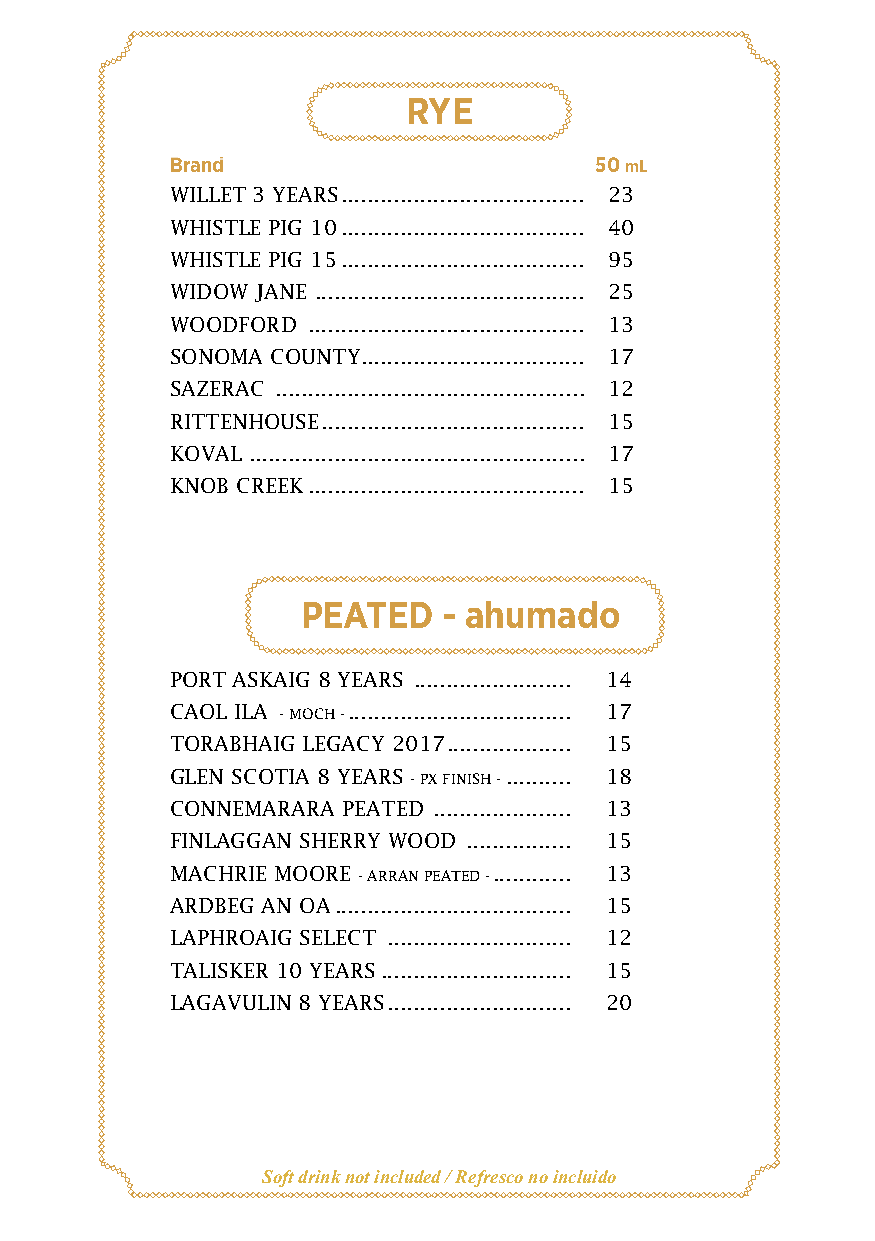
RYE
 Brand                       50 mL
 WILLET 3 YEARS ..................................... 23
 WHISTLE PIG 10 ..................................... 40
 WHISTLE PIG 15 ..................................... 95
 WIDOW JANE ......................................... 25
 WOODFORD .......................................... 13
 SONOMA COUNTY .................................. 17
 SAZERAC ............................................... 12
 RITTENHOUSE ........................................ 15
 KOVAL ................................................... 17
 KNOB CREEK .......................................... 15
 PEATED   - ahumado
 PORT ASKAIG 8 YEARS ........................ 14
 CAOL ILA - MOCH - .................................. 17
 TORABHAIG LEGACY 2017 ................... 15
 GLEN SCOTIA 8 YEARS - PX FINISH - .......... 18
 CONNEMARARA PEATED ..................... 13
 FINLAGGAN SHERRY WOOD ................ 15
 MACHRIE MOORE - ARRAN PEATED - ............ 13
 ARDBEG AN OA .................................... 15
 LAPHROAIG SELECT ............................ 12
 TALISKER 10 YEARS ............................. 15
 LAGAVULIN 8 YEARS ............................ 20
 Soft drink not included / Refresco no incluido